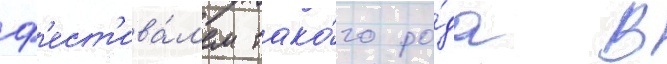
ф'ест'ива́л'ем тако́го ро́да в